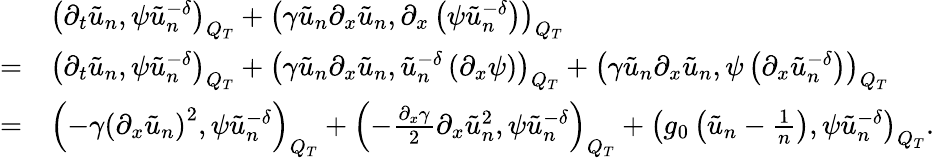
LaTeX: \begin{array}{rl}&{\left(\partial_{t}\tilde{u}_{n},\psi\tilde{u}_{n}^{-\delta}\right)_{Q_{T}}+\left(\gamma\tilde{u}_{n}\partial_{x}\tilde{u}_{n},\partial_{x}\left(\psi\tilde{u}_{n}^{-\delta}\right)\right)_{Q_{T}}}\\ {=}&{\left(\partial_{t}\tilde{u}_{n},\psi\tilde{u}_{n}^{-\delta}\right)_{Q_{T}}+\left(\gamma\tilde{u}_{n}\partial_{x}\tilde{u}_{n},\tilde{u}_{n}^{-\delta}\left(\partial_{x}\psi\right)\right)_{Q_{T}}+\left(\gamma\tilde{u}_{n}\partial_{x}\tilde{u}_{n},\psi\left(\partial_{x}\tilde{u}_{n}^{-\delta}\right)\right)_{Q_{T}}}\\ {=}&{\left(-\gamma\left(\partial_{x}\tilde{u}_{n}\right)^{2},\psi\tilde{u}_{n}^{-\delta}\right)_{Q_{T}}+\left(-\frac{\partial_{x}\gamma}{2}\partial_{x}\tilde{u}_{n}^{2},\psi\tilde{u}_{n}^{-\delta}\right)_{Q_{T}}+\left(g_{0}\left(\tilde{u}_{n}-\frac{1}{n}\right),\psi\tilde{u}_{n}^{-\delta}\right)_{Q_{T}}.}\end{array}